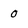
Character: 0